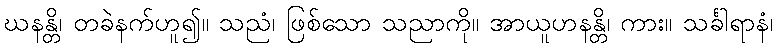
ဃနန္တိ၊ တခဲနက်ဟူ၍။ သညံ၊ ဖြစ်သော သညာကို။ အာယူဟနန္တိ၊ ကား။ သင်္ခါရာနံ၊